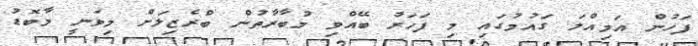
ފަހުން އަމިއްލަ ގައުމުގައި މި ފަހަރު ބޭއްވި މުބާރާތުން ބްރެޒިލަށް މިވަނީ މާބޮޑު